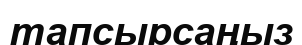
тапсырсаңыз